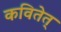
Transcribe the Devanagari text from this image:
कवितेत्